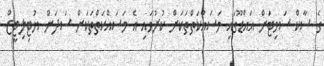
ގެ ސާކް ސަމިޓަށް އައްޑޫގައި މަސައްކަތްތަކަށް ކުރުވައި އެ މަސައްކަތްތަކަށް ސަދަން ޔުޓިލިޓީޒް